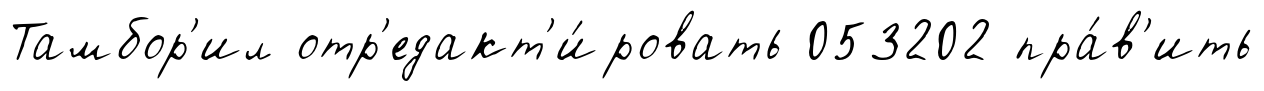
Тамбор'ил отр'едакт'и́ровать 053202 пра́в'ить